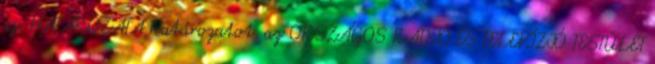
sz. HATÁROZATA határozatot. az ORSZÁGOS RÁDIÓ ÉS TELEVÍZIÓ TESTÜLET